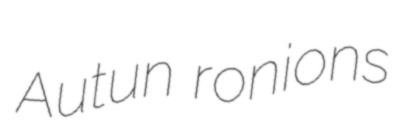
Autun ronions